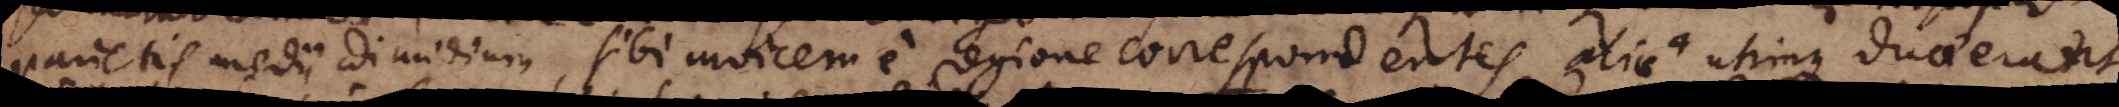
parietis medii dimidium, sibi invicem e regione correspondentes aliae 4 utrinque duae erant